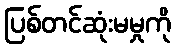
ပြစ်တင်ဆုံးမမှုကို